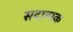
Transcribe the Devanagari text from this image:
सदात्मक